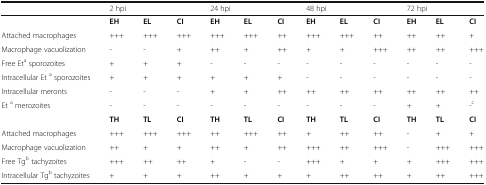
|  | <COLSPAN=3> 2 hpi | <COLSPAN=3> 24 hpi | <COLSPAN=3> 48 hpi | <COLSPAN=3> 72 hpi |
 | --- | --- | --- | --- | --- | --- | --- | --- | --- | --- | --- | --- | --- |
 |  | EH | EL | CI | EH | EL | CI | EH | EL | CI | EH | EL | CI |
 | Attached macrophages | +++ | +++ | +++ | +++ | +++ | ++ | +++ | +++ | ++ | ++ | ++ | + |
 | Macrophage vacuolization | - | - | + | ++ | + | ++ | + | + | +++ | ++ | ++ | +++ |
 | Free Eta sporozoites | + | + | + | - | - | - | - | - | - | - | - | - |
 | Intracellular Et a sporozoites | + | + | + | + | + | + | - | - | - | - | - | - |
 | Intracellular meronts | - | - | - | + | + | ++ | ++ | ++ | ++ | ++ | ++ | ++ |
 | Et a merozoites | - | - | - | - | - | - | - | - | - | + | + | -c |
 |  | TH | TL | CI | TH | TL | CI | TH | TL | CI | TH | TL | CI |
 | Attached macrophages | +++ | +++ | +++ | ++ | +++ | ++ | + | ++ | ++ | - | + | + |
 | Macrophage vacuolization | ++ | + | + | ++ | + | ++ | +++ | ++ | +++ | - | +++ | +++ |
 | Free Tgb tachyzoites | +++ | ++ | ++ | + | - | - | +++ | + | + | + | +++ | +++ |
 | Intracellular Tgb tachyzoites | + | + | + | ++ | + | + | + | ++ | ++ | + | ++ | +++ |